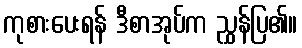
ကုစားပေးရန် ဒီစာအုပ်က ညွှန်ပြ၏။